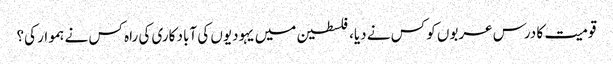
قومیت کا درس عربوں کو کس نے دیا، فلسطین میں یہودیوں کی آباد کاری کی راہ کس نے ہموار کی؟